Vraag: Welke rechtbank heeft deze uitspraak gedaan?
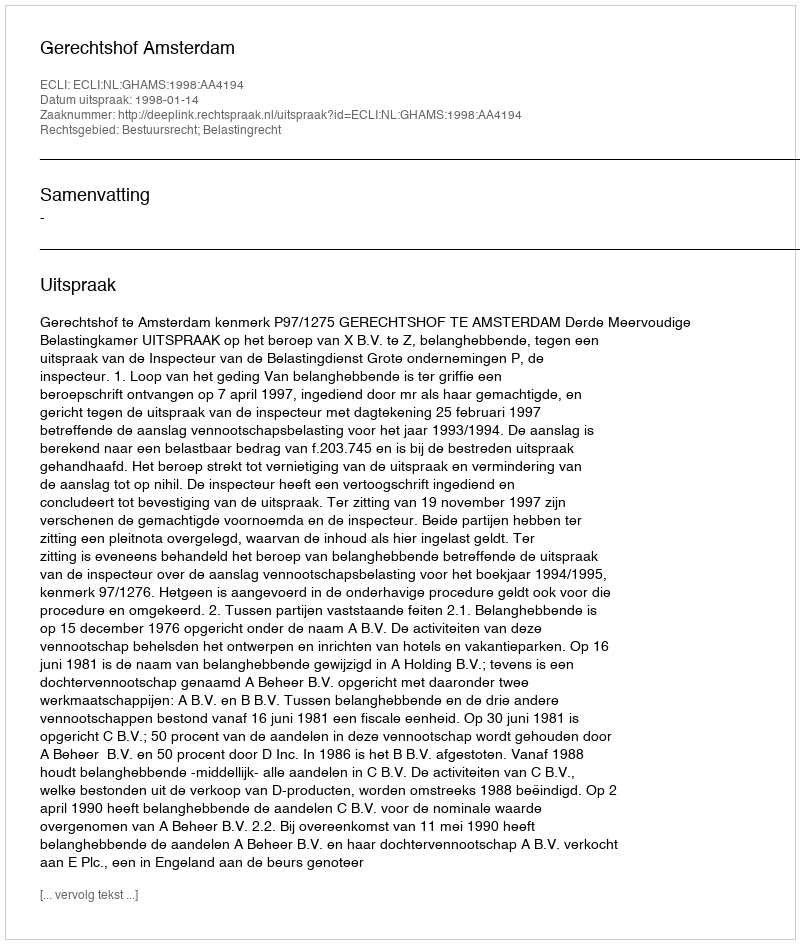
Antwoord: Gerechtshof Amsterdam